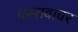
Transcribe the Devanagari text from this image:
वस्तवावर